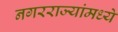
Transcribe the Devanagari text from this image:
नगरराज्यांमध्ये